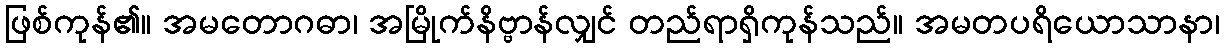
ဖြစ်ကုန်၏။ အမတောဂဓာ၊ အမြိုက်နိဗ္ဗာန်လျှင် တည်ရာရှိကုန်သည်။ အမတပရိယောသာနာ၊